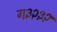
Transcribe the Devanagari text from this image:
ग३२३२